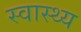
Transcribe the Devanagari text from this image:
स्‍वास्थ्य